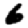
Digit: 6